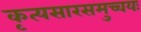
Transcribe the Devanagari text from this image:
कृत्यसारसमुच्चयः